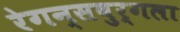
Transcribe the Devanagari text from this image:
रेगन्सबुर्गला